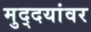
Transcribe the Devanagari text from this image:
मुद्दयांवर